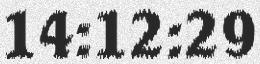
14:12:29